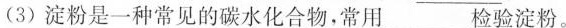
(3)淀粉是一种常见的碳水化合物，常用 检验淀粉。